On kala azar, malaria and malarial cachexia - Number 19
Disease focus: Malaria
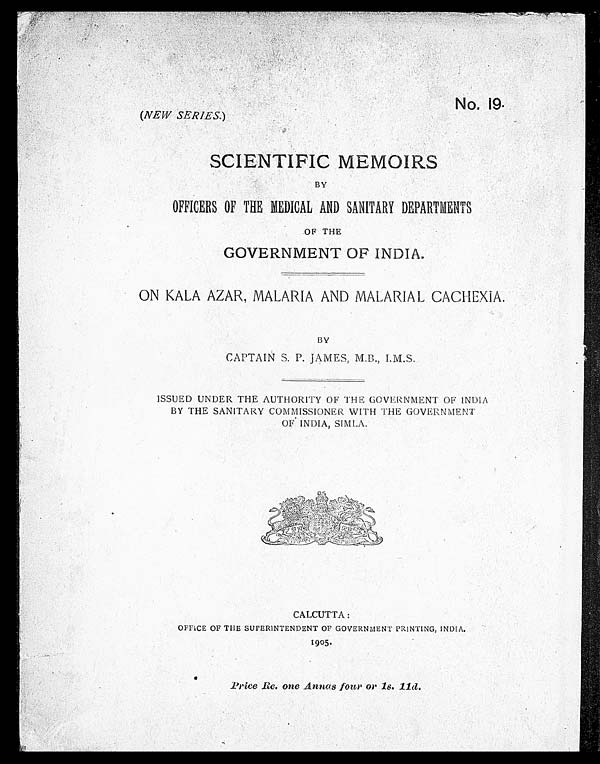
No. 19.
(NEW SERIES. )
SCIENTIFIC MEMOIRS
BY
OFFICERS OF THE MEDICAL AND SANITARY DEPARTMENTS
OF THE
GOVERNMENT OF INDIA.
ON KALA AZAR, MALARIA AND MALARIAL CACHEXIA.
BY
CAPTAIN S. P. JAMES, M.B., I.M.S.
ISSUED UNDER THE AUTHORITY OF THE GOVERNMENT OF INDIA
BY THE SANITARY COMMISSIONER WITH THE GOVERNMENT
OF INDIA, SIMLA.
CALCUTTA:
OFFICE OF THE SUPERINTENDENT OF GOVERNMENT PRINTING, INDIA.
1905.
Price Re. one Annas four or 1s. 11d.